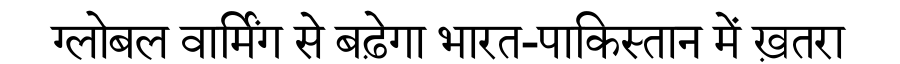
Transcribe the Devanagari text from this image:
ग्लोबल वार्मिंग से बढ़ेगा भारत-पाकिस्तान में ख़तरा